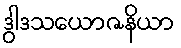
ဒွါဒသယောဇနိယာ